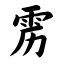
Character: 雳